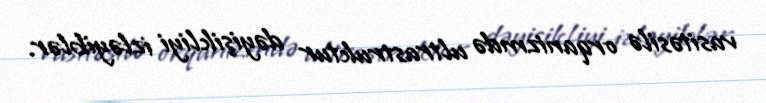
vasitəsilə orqanizmdə ultrastruktur dəyişikliyi izləyiblər.